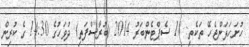
ހުށަހަޅަންޖެހޭ ތަކެތި: 18 ސެޕްޓެންބަރު 2014 (ބުރާސްފަތި) ދުވަހުގެ 14:30 ގެ ކުރިން